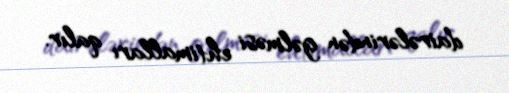
dairələrindən gəlməsi ehtimalları qalır.